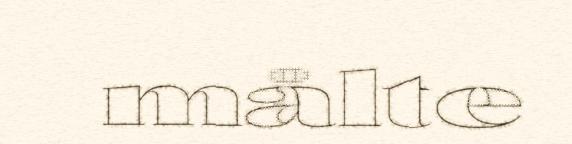
målte